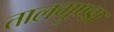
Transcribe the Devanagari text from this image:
तालगुण्डा